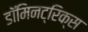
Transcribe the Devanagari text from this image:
डॉमिनट्रिक्स